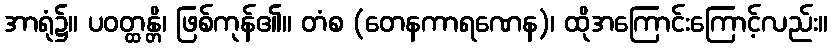
အာရုံ၌။ ပဝတ္ထန္တိ၊ ဖြစ်ကုန်၏။ တံစ (တေနကာရဏေန)၊ ထိုအကြောင်းကြောင့်လည်း။